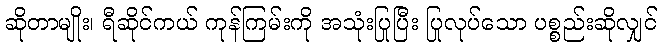
ဆိုတာမျိုး၊ ရီဆိုင်ကယ် ကုန်ကြမ်းကို အသုံးပြုပြီး ပြုလုပ်သော ပစ္စည်းဆိုလျှင်